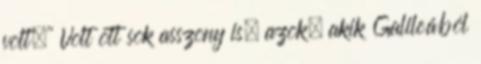
volt.'' Volt ott sok asszony is, azok, akik Galileából